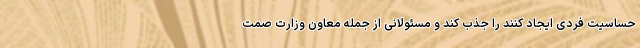
حساسیت فردی ایجاد کنند را جذب کند و مسئولانی از جمله معاون وزارت صمت